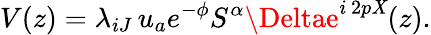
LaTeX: V(z)=\lambda_{iJ}\, u_{a}e^{-\phi}{S^{\alpha}}\Deltae^{i\, 2p\mathit{X}}(z).